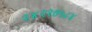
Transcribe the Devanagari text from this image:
२४२२७५८४